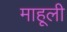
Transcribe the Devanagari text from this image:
माहूली